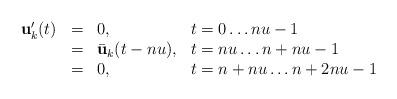
LaTeX: \begin{align*}\begin{array}{ccll}\mathbf u'_k(t) &=& 0,& t=0\ldots nu-1 \\&=& \bar{\mathbf u}_{k}(t-nu),& t=nu\ldots n+nu-1 \\&=& 0,& t=n+nu\ldots n+2nu-1\end{array}\end{align*}